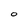
Character: O